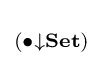
\scriptstyle {(\bullet \downarrow \mathbf {Set} )}